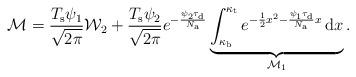
LaTeX: \begin{align*}\mathcal{M}=\frac{T_{\rm s}\psi_{1}}{\sqrt{2\pi}}\mathcal{W}_2+\frac{T_{\rm s}\psi_{2}}{\sqrt{2\pi}}e^{-\frac{\psi_{2}\tau_{\rm d}}{N_{\rm a}}}\underbrace{\int_{\kappa_{\rm b}}^{\kappa_{\rm t}} e^{-\frac{1}{2}x^2-\frac{\psi_{1}\tau_{\rm d}}{N_{\rm a}}x} \,\mathrm{d} x}_{\mathcal{M}_1}.\end{align*}